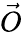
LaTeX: \vec{O}